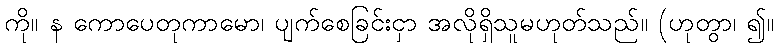
ကို။ န ကောပေတုကာမော၊ ပျက်စေခြင်းငှာ အလိုရှိသူမဟုတ်သည်။ (ဟုတွာ၊ ၍။